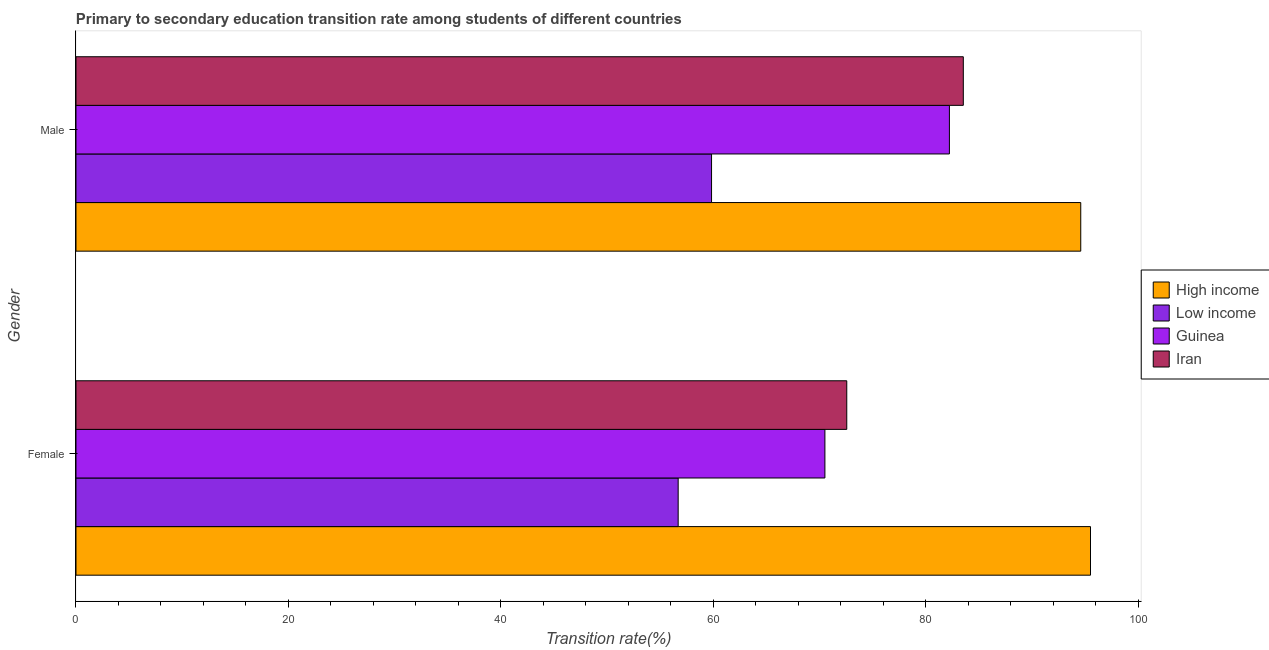
| Gender | High income | Low income | Guinea | Iran |
 | --- | --- | --- | --- | --- |
 | Female | 95.5 | 56.7 | 70.5 | 72.5 |
 | Male | 94.6 | 59.8 | 82.2 | 83.5 |